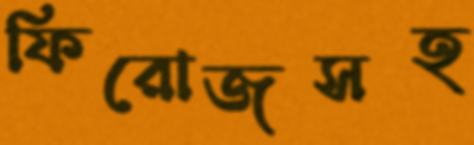
ফিরোজসহ